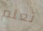
تعلم